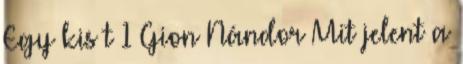
Egy kis t 1 Gion Nándor Mit jelent a